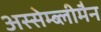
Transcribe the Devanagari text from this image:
अस्सेम्ब्लीमैन